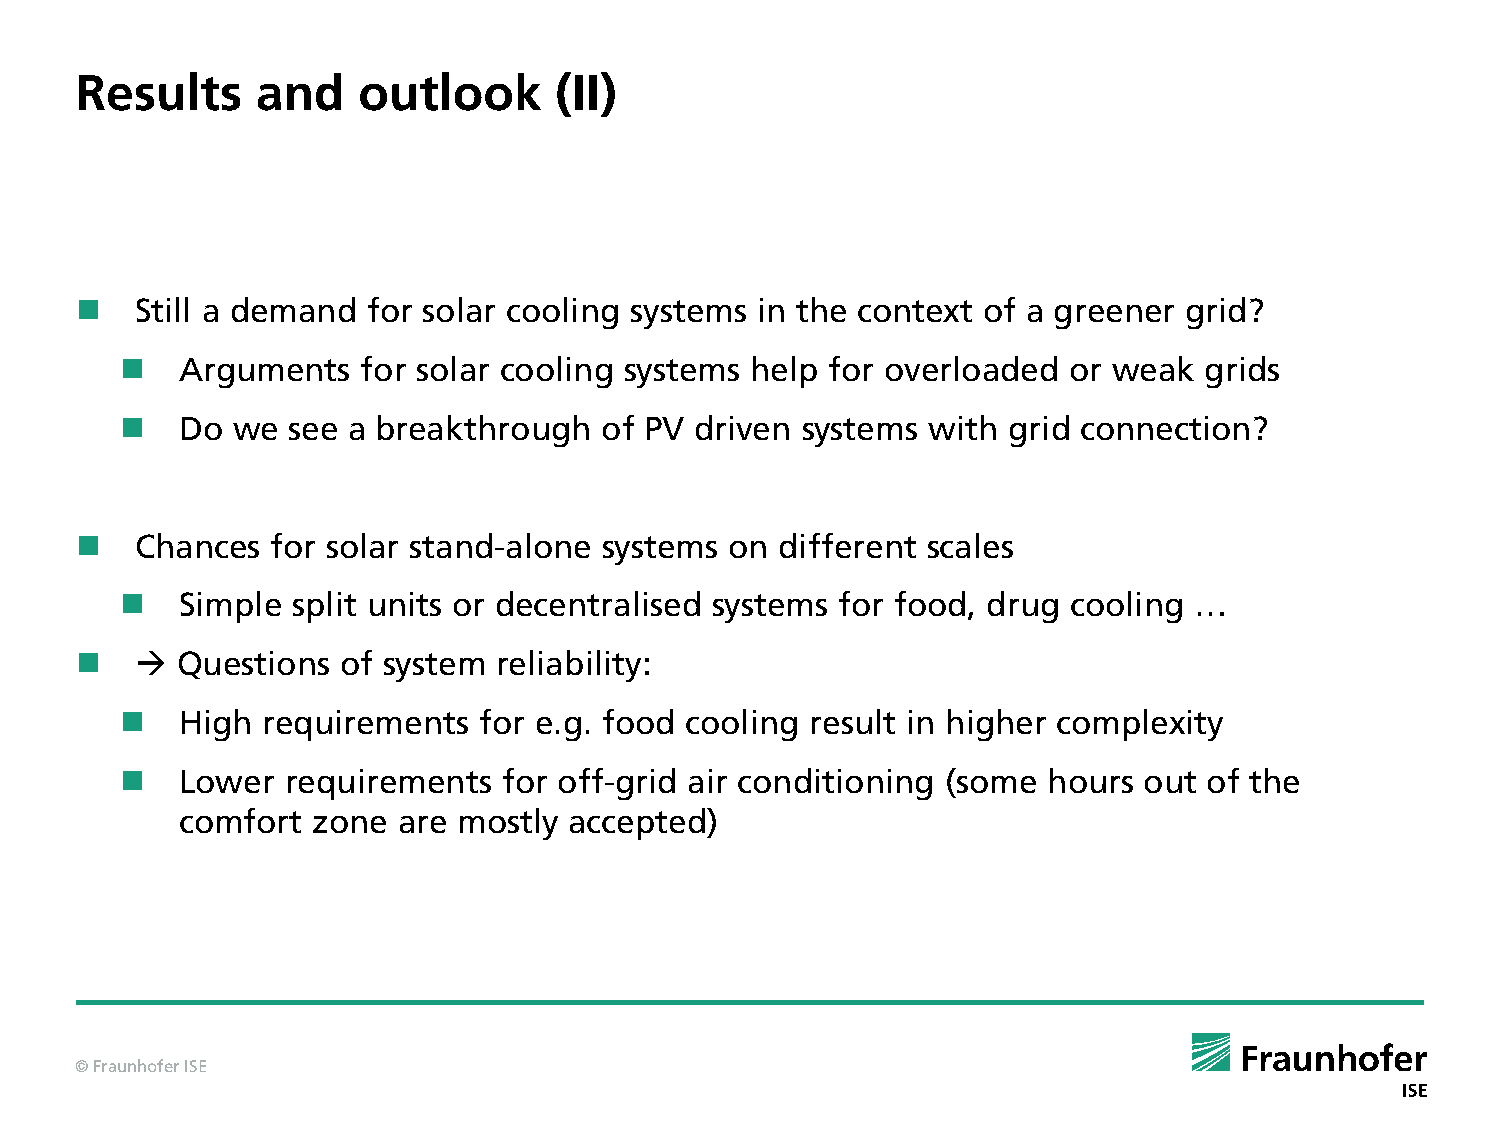
Results     and    outlook      (II)
    Still a demand for solar cooling systems in the context of a greener grid?
    Arguments   for solar cooling systems help for overloaded  or weak  grids
    Do we  see a breakthrough   of PV driven systems with  grid connection?
    Chances  for solar stand-alone systems on  different scales
    Simple split units or decentralised systems for food, drug cooling …
      Questions  of system reliability:
    High requirements   for e.g. food cooling result in higher complexity
    Lower  requirements  for off-grid air conditioning (some hours  out of the
 comfort  zone are mostly  accepted)
 © Fraunhofer ISE